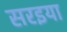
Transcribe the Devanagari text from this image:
सरइया